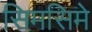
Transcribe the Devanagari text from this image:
सिमसिमे